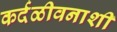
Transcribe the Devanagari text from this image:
कर्दळीवनाशी